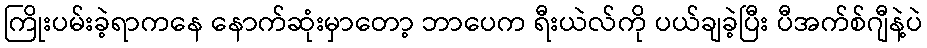
ကြိုးပမ်းခဲ့ရာကနေ နောက်ဆုံးမှာတော့ ဘာပေက ရီးယဲလ်ကို ပယ်ချခဲ့ပြီး ပီအက်စ်ဂျီနဲ့ပဲ